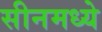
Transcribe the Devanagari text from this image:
सीनमध्ये